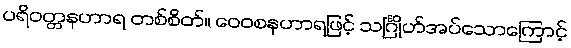
ပရိဝတ္တနဟာရ တစ်စိတ်။ ဝေဝစနဟာရဖြင့် သင်္ဂြိုဟ်အပ်သောကြောင့်